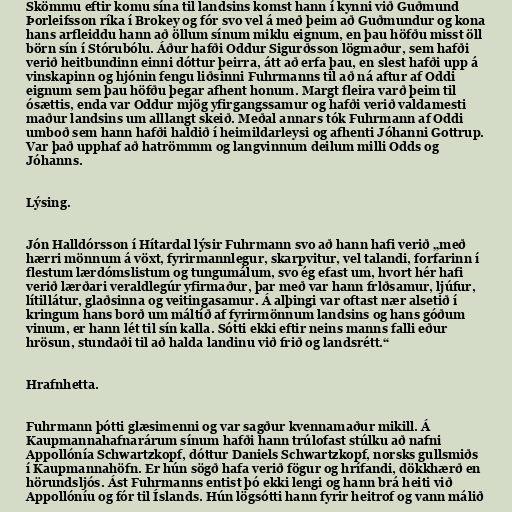
Skömmu eftir komu sína til landsins komst hann í kynni við Guðmund
Þorleifsson ríka í Brokey og fór svo vel á með þeim að Guðmundur og kona
hans arfleiddu hann að öllum sínum miklu eignum, en þau höfðu misst öll
börn sín í Stórubólu. Áður hafði Oddur Sigurðsson lögmaður, sem hafði
verið heitbundinn einni dóttur þeirra, átt að erfa þau, en slest hafði upp á
vinskapinn og hjónin fengu liðsinni Fuhrmanns til að ná aftur af Oddi
eignum sem þau höfðu þegar afhent honum. Margt fleira varð þeim til
ósættis, enda var Oddur mjög yfirgangssamur og hafði verið valdamesti
maður landsins um alllangt skeið. Meðal annars tók Fuhrmann af Oddi
umboð sem hann hafði haldið í heimildarleysi og afhenti Jóhanni Gottrup.
Var það upphaf að hatrömmm og langvinnum deilum milli Odds og
Jóhanns.

Lýsing.

Jón Halldórsson í Hítardal lýsir Fuhrmann svo að hann hafi verið „með
hærri mönnum á vöxt, fyrirmannlegur, skarpvitur, vel talandi, forfarinn í
flestum lærdómslistum og tungumálum, svo ég efast um, hvort hér hafi
verið lærðari veraldlegúr yfirmaður, þar með var hann frlðsamur, ljúfur,
lítillátur, glaðsinna og veitingasamur. Á alþingi var oftast nær alsetið í
kringum hans borð um máltíð af fyrirmönnum landsins og hans góðum
vinum, er hann lét til sín kalla. Sótti ekki eftir neins manns falli eður
hrösun, stundaði til að halda landinu við frið og landsrétt.“

Hrafnhetta.

Fuhrmann þótti glæsimenni og var sagður kvennamaður mikill. Á
Kaupmannahafnarárum sínum hafði hann trúlofast stúlku að nafni
Appollónía Schwartzkopf, dóttur Daniels Schwartzkopf, norsks gullsmiðs
í Kaupmannahöfn. Er hún sögð hafa verið fögur og hrífandi, dökkhærð en
hörundsljós. Ást Fuhrmanns entist þó ekki lengi og hann brá heiti við
Appollóníu og fór til Íslands. Hún lögsótti hann fyrir heitrof og vann málið